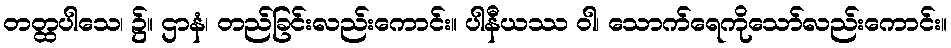
တတ္ထပါသေ၊ ၌။ ဌာနံ၊ တည်ခြင်းလည်းကောင်း။ ပါနီယဿ ဝါ၊ သောက်ရေကိုသော်လည်းကောင်း။